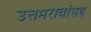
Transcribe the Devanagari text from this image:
उत्तमरावांसह